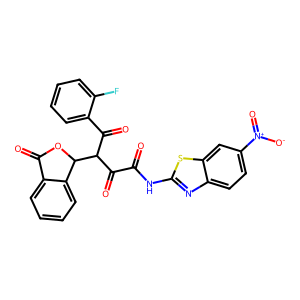
SMILES: O=C(Nc1nc2ccc([N+](=O)[O-])cc2s1)C(=O)C(C(=O)c1ccccc1F)C1OC(=O)c2ccccc21
Inhibits HIV replication: No